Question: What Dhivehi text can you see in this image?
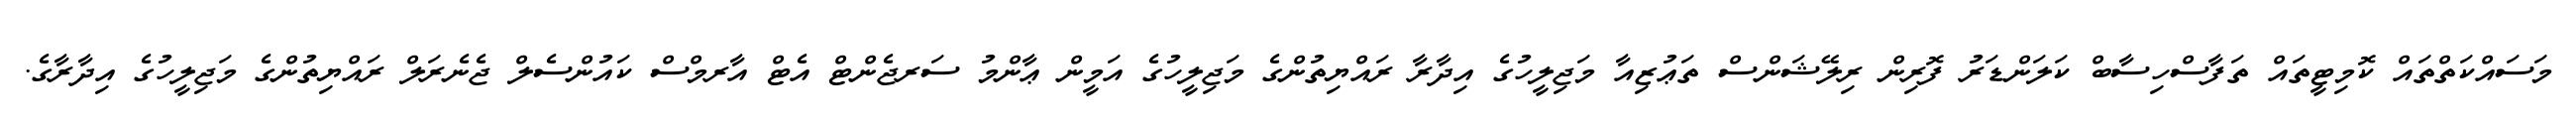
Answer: މަސައްކަތްތައް ކޮމިޓީތައް ތަފާސްހިސާބް ކަލަންޑަރު ފޮރިން ރިލޭޝަންސް ތަޢުޒިއާ މަޖިލީހުގެ އިދާރާ ރައްޔިތުންގެ މަޖިލީހުގެ އަމީން ޢާންމު ސަރޖެންޓް އެޓް އާރމްސް ކައުންސެލް ޖެނެރަލް ރައްޔިތުންގެ މަޖިލީހުގެ އިދާރާގެ.